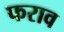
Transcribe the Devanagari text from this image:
फराव